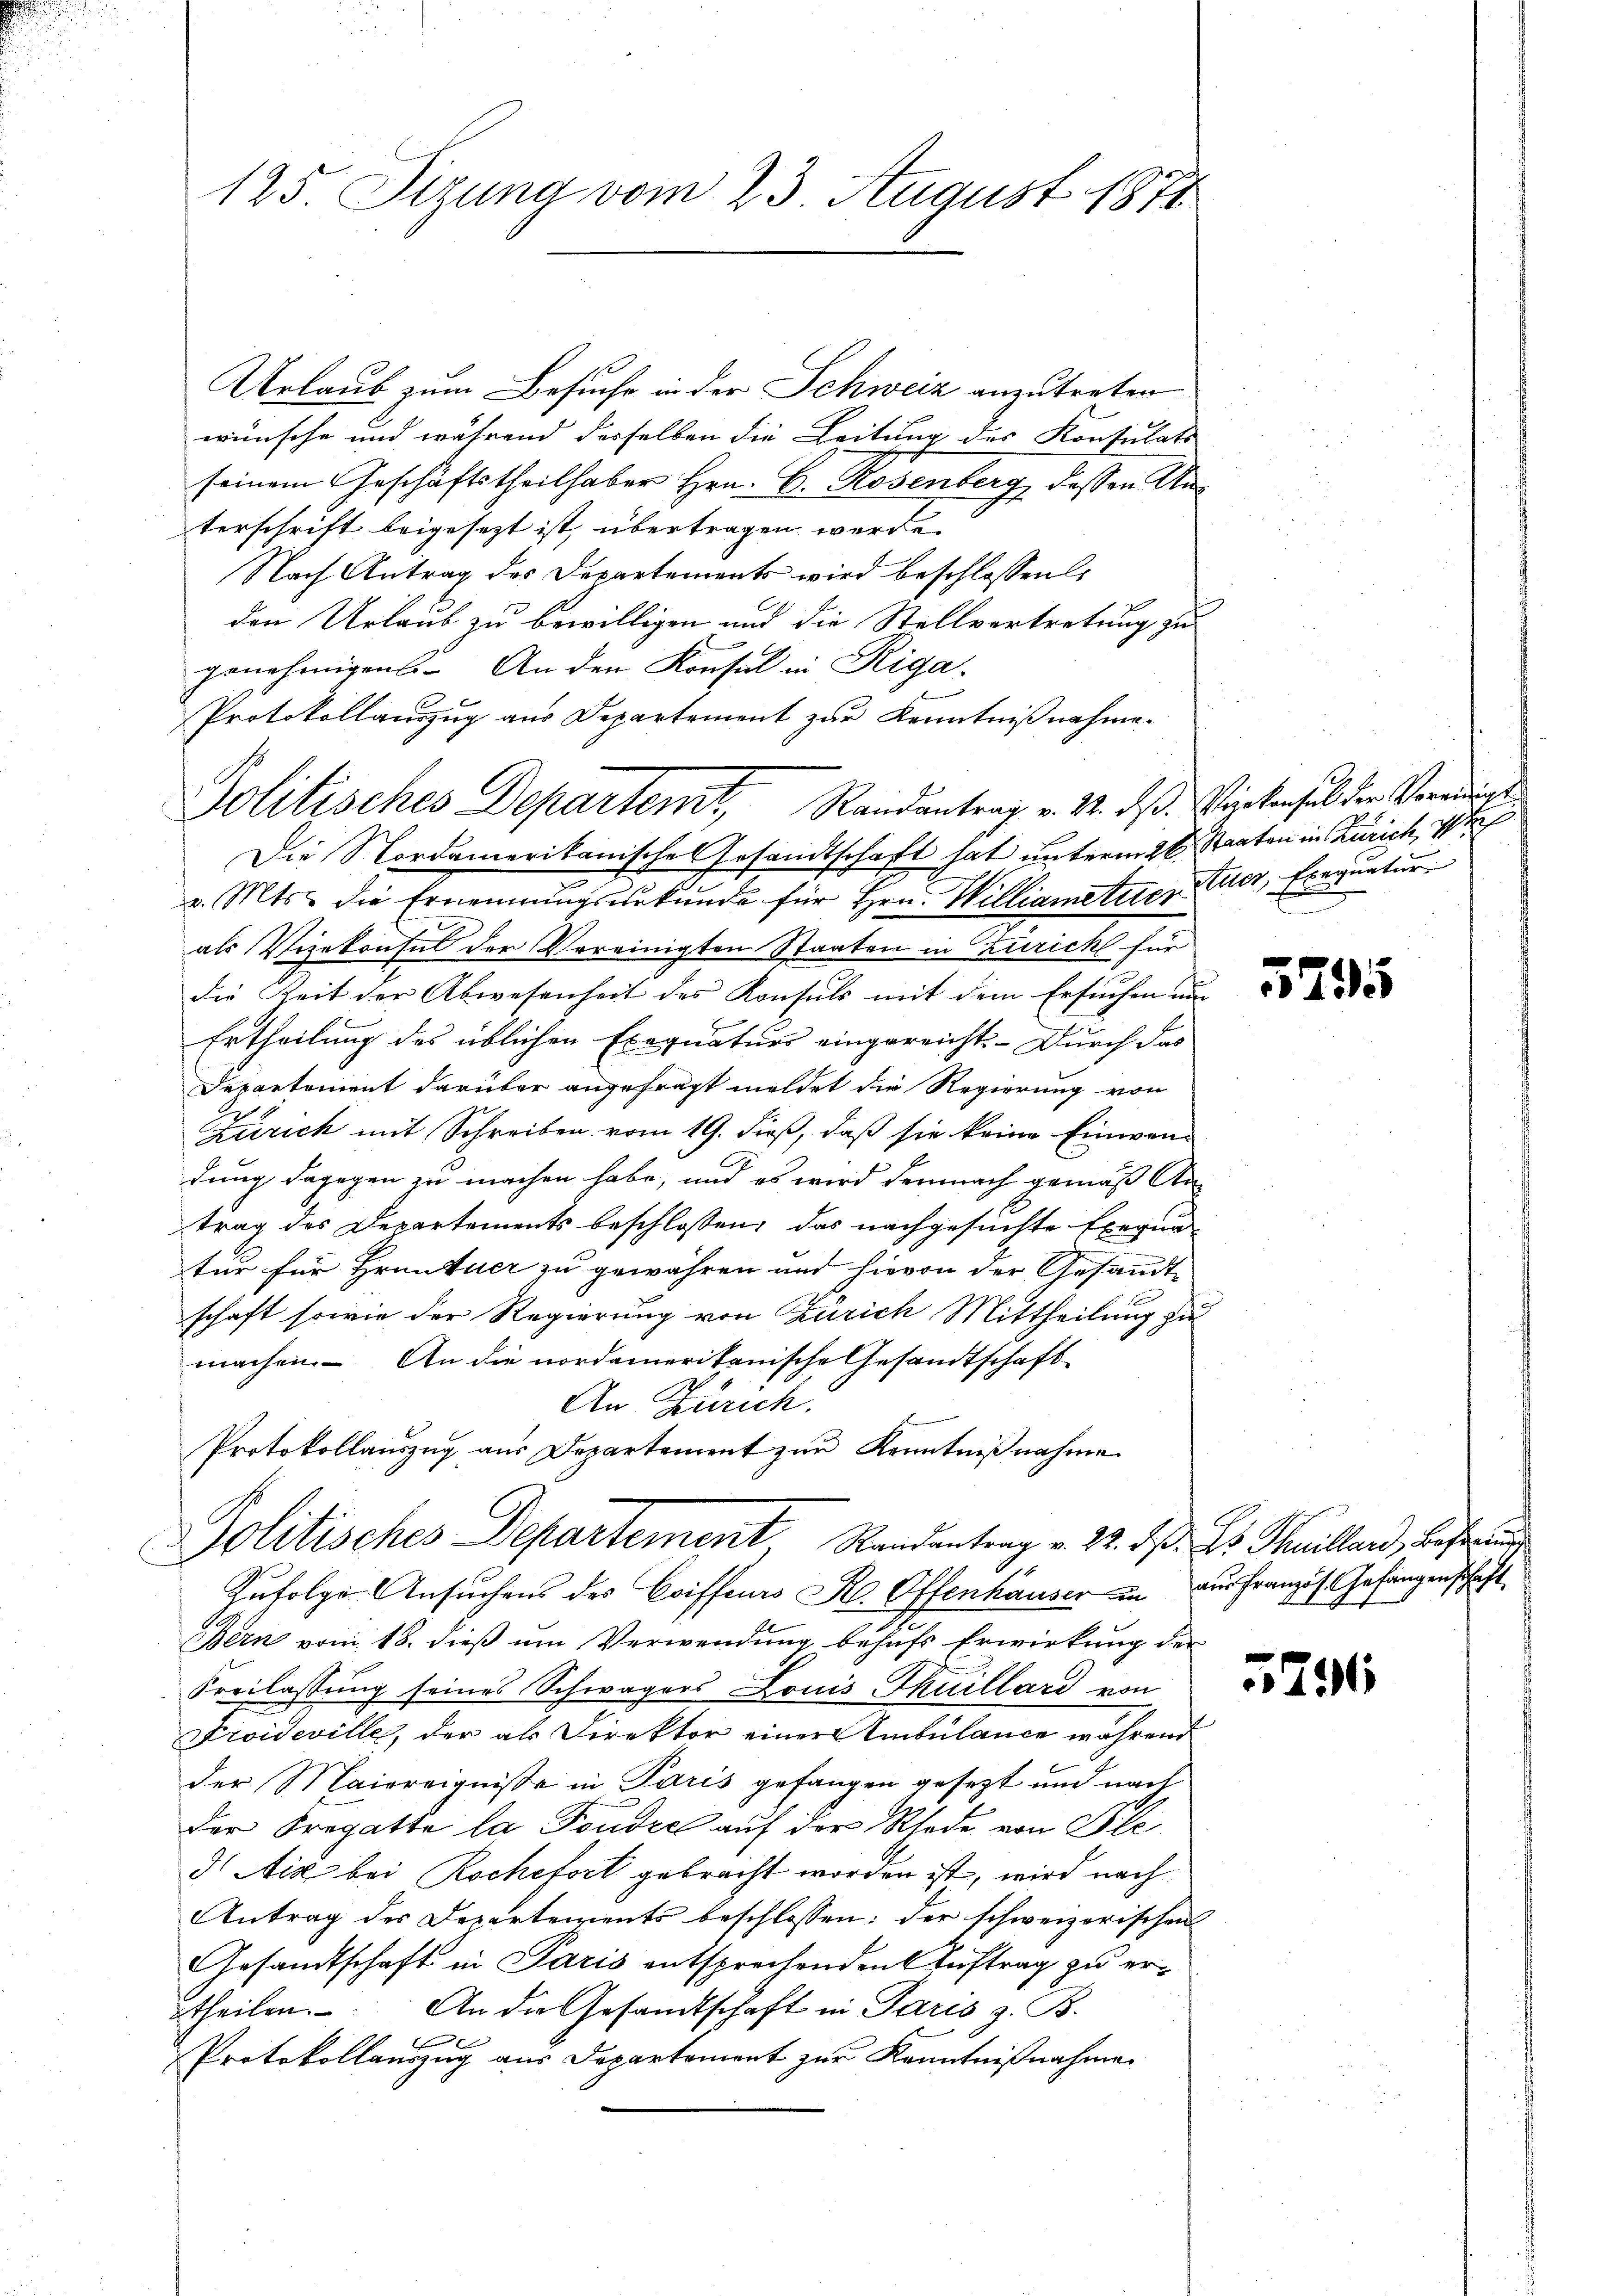
125. Sizung vom 23. August 1877

Urlaub zum Besuche in der Schweiz anzutreten
wünsche und während derselben die Leitung des Konsulats
seinem Geschäftstheilhaber Hrn. C. Rosenberg dessen Unterschrift beigesezt ist, übertragen werde.
Nach Antrag des Departements wird beschlossen:
den Urlaub zu bewilligen und die Stellvertretung zu
genehmigens. An den Konsul in Riga
Die Nordamerikanische Gesandtschaft hat unterm 26. Staaten in Zürich,
v. Mts. die Ernennungsurkunde für Hrn. Williametzer Eier, Exequatur
als Vizekonsul der Vereinigten Staaten in Zürich für
die Zeit der Abwesenheit des Konsuls mit dem Ersuchen un
Ertheilung des üblichen Exequaturs eingereicht. Durch das
Departement darüber angefragt meldet die Regierung von
Zürich mit Schreiben vom 19. dieß, daß sie keine Einwendung dagegen zu machen habe, und es wird demnach gemäß An-
trag des Departements beschlossen, das nachgesuchte Exequa-
tur für Grentuer zu gewähren und hievon der Gesandt-
schaft sowie der Regierung von Zürich Mittheilung zu
machen. An die nordamerikanische Gesandtschaft
An Zürich.
Protokollaŭszŭg aŭs Departement zŭr Kenntniβnahme
Politisches Departement, Randantrag v. 23. d. 23. Feuillard, beste und
Zufolge Ansuchens des Coiffeurs H. Offenhauser in aus Französ. Gefangenschaft
Bern vom 18. dieß um Verwendung behufs Erwirkung der
Freilassung seines Schwagers Louis Thuillard von
Froideville, der als Direktor einer Ambulance während
der Maiereigniße in Paris gefangen gesezt und nach
Der Fregatte la Fondrel auf der Rhode von Ble
d Aiz bei Rochefort gebracht worden ist, wird nach
Antrag der Departements beschlossen: der schweizerischen
Gesandtschaft in Paris entsprechenden Auftrag zu ertheilen. An die Gesandtschaft in Paris z. B.
E
Protokollauszug aus Departement zur Kenntnißnahme

Protokollauszug aus Departement zur Kenntnißnahme.
Politisches Departemt, Randantrag v. M. daß. Wirkensel der Vereinigen

3795

5296